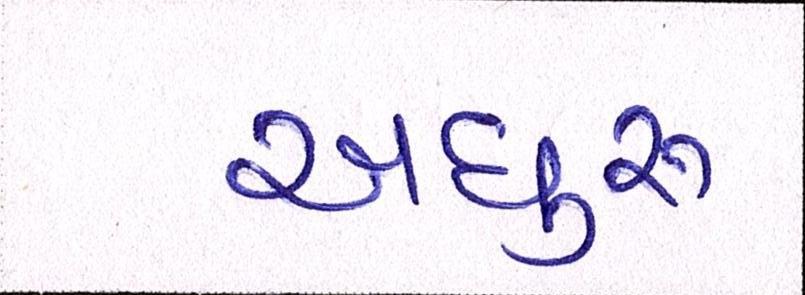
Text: અધુરુ